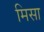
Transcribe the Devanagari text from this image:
मिसा